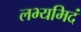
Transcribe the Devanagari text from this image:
लभ्यमिदं